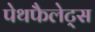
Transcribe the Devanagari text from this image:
पेथफैलेट्स